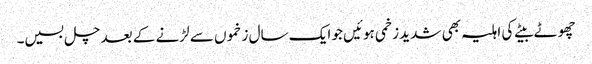
چھوٹے بیٹے کی اہلیہ بھی شدید زخمی ہوئیں جو ایک سال زخموں سے لڑنے کے بعد چل بسیں۔